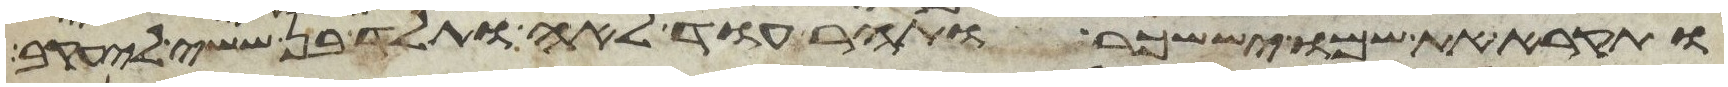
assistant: ותקרא את שמו יששכר ותהר עוד לאה ותלד בן ששי ליעקב